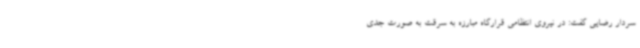
سردار رضایی گفت: در نیروی انتظامی قرارگاه مبارزه به سرقت به صورت جدی